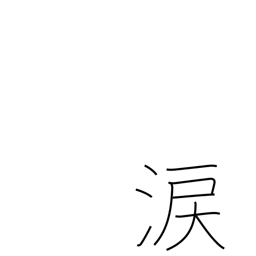
Meaning: sympathy